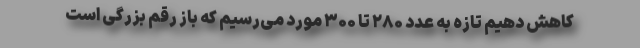
کاهش دهیم تازه به عدد ۲۸۰ تا ۳۰۰ مورد می‌رسیم که باز رقم بزرگی است